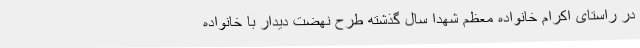
در راستای اکرام خانواده معظم شهدا سال گذشته طرح نهضت دیدار با خانواده